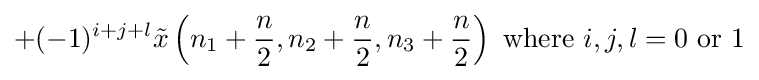
+(-1)^{i+j+l}{\tilde {x}}\left(n_{1}+{\frac {n}{2}},n_{2}+{\frac {n}{2}},n_{3}+{\frac {n}{2}}\right){\text{ where }}i,j,l=0{\text{ or }}1